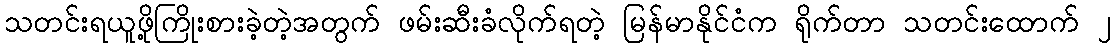
သတင်းရယူဖို့ကြိုးစားခဲ့တဲ့အတွက် ဖမ်းဆီးခံလိုက်ရတဲ့ မြန်မာနိုင်ငံက ရိုက်တာ သတင်းထောက် ၂